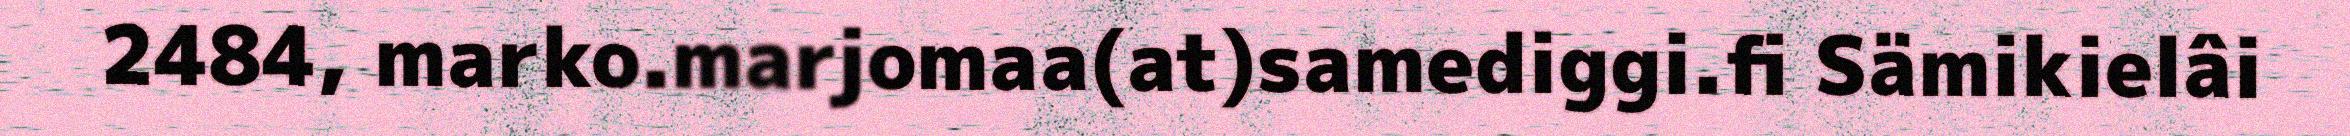
2484, marko.marjomaa(at)samediggi.fi Sämikielâi